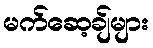
မက်ဆေ့ချ်များ